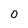
Character: o